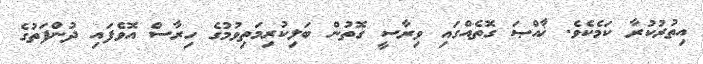
އިތުރުކުރާ ކަމެކެވެ. ޚާއްޞަ ގޮތެއްގައި ވިރާސީ ގޮތުން ބަލިކުރިމަތިވުމުގެ ހިރާސް އޮވެފައި ދުންފަތުގެ